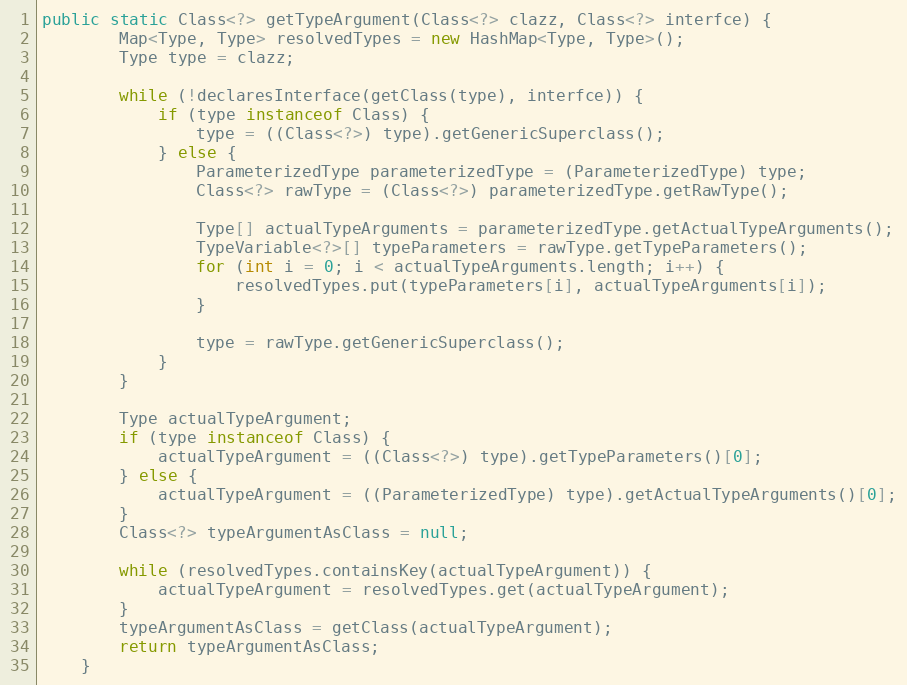
Language: Java
public static Class<?> getTypeArgument(Class<?> clazz, Class<?> interfce) {
		Map<Type, Type> resolvedTypes = new HashMap<Type, Type>();
		Type type = clazz;

		while (!declaresInterface(getClass(type), interfce)) {
			if (type instanceof Class) {
				type = ((Class<?>) type).getGenericSuperclass();
			} else {
				ParameterizedType parameterizedType = (ParameterizedType) type;
				Class<?> rawType = (Class<?>) parameterizedType.getRawType();

				Type[] actualTypeArguments = parameterizedType.getActualTypeArguments();
				TypeVariable<?>[] typeParameters = rawType.getTypeParameters();
				for (int i = 0; i < actualTypeArguments.length; i++) {
					resolvedTypes.put(typeParameters[i], actualTypeArguments[i]);
				}

				type = rawType.getGenericSuperclass();
			}
		}

		Type actualTypeArgument;
		if (type instanceof Class) {
			actualTypeArgument = ((Class<?>) type).getTypeParameters()[0];
		} else {
			actualTypeArgument = ((ParameterizedType) type).getActualTypeArguments()[0];
		}
		Class<?> typeArgumentAsClass = null;

		while (resolvedTypes.containsKey(actualTypeArgument)) {
			actualTypeArgument = resolvedTypes.get(actualTypeArgument);
		}
		typeArgumentAsClass = getClass(actualTypeArgument);
		return typeArgumentAsClass;
	}